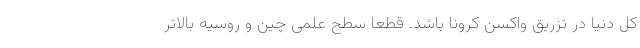
کل دنیا در تزریق واکسن کرونا باشد. قطعا سطح علمی چین و روسیه بالاتر